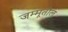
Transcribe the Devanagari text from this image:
जम्मूतील